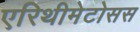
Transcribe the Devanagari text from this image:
एरिथीमेटोसस